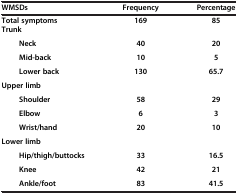
<table><thead><tr><td><b>WMSDs</b></td><td><b>Frequency</b></td><td><b>Percentage</b></td></tr><tr><td><b>Total symptoms</b></td><td><b>169</b></td><td><b>85</b></td></tr></thead><tbody><tr><td colspan="3"><b>Trunk</b></td></tr><tr><td><b>Neck</b></td><td><b>40</b></td><td><b>20</b></td></tr><tr><td><b>Mid-back</b></td><td><b>10</b></td><td><b>5</b></td></tr><tr><td><b>Lower back</b></td><td><b>130</b></td><td><b>65.7</b></td></tr><tr><td colspan="3"><b>Upper limb</b></td></tr><tr><td><b>Shoulder</b></td><td><b>58</b></td><td><b>29</b></td></tr><tr><td><b>Elbow</b></td><td><b>6</b></td><td><b>3</b></td></tr><tr><td><b>Wrist/hand</b></td><td><b>20</b></td><td><b>10</b></td></tr><tr><td colspan="3"><b>Lower limb</b></td></tr><tr><td><b>Hip/thigh/buttocks</b></td><td><b>33</b></td><td><b>16.5</b></td></tr><tr><td><b>Knee</b></td><td><b>42</b></td><td><b>21</b></td></tr><tr><td><b>Ankle/foot</b></td><td><b>83</b></td><td><b>41.5</b></td></tr></tbody></table>